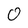
Character: 0